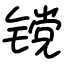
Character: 镋